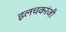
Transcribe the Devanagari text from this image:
इलचकरंजी